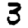
Digit: 3